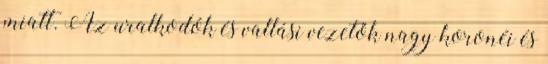
miatt. Az uralkodók és vallási vezetők nagy koronéi és